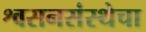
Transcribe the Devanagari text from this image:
श्वसनसंस्थेचा